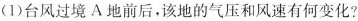
(1)台风过境A地前后，该地的气压和风速有何变化?